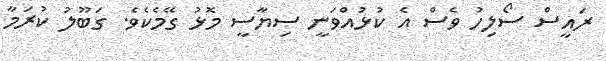
ރައީސް ސޯލިހު ވެސް އެ ކުޅުއްވަނީ ސިޔާސީ މޮޅު ގޭމެކެވެ. ގަބޫލު ކުރަމާ